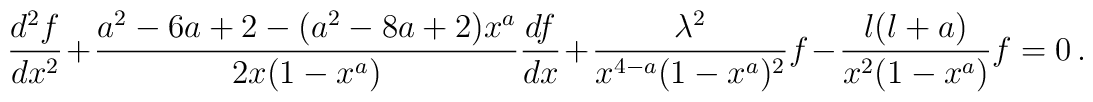
\frac{d^2 f}{d x^2}  + \frac{a^2-6a+2 - (a^2 - 8a +2) x^{a}}{2x (1-x^{a})} \frac{d f}{d x}+\frac{\lambda^2 }{x^{4-a}(1-x^{a})^2}f- \frac{l(l+a)}{x^2 (1-x^{a})} f =0\,.